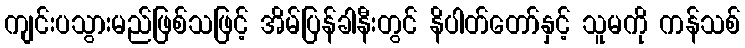
ကျင်းပသွားမည်ဖြစ်သဖြင့် အိမ်ပြန်ခါနီးတွင် နိပါတ်တော်နှင့် သူမကို ကန်သစ်